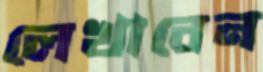
লেখাবেন